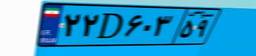
۲۲D۶۰۳۵۹